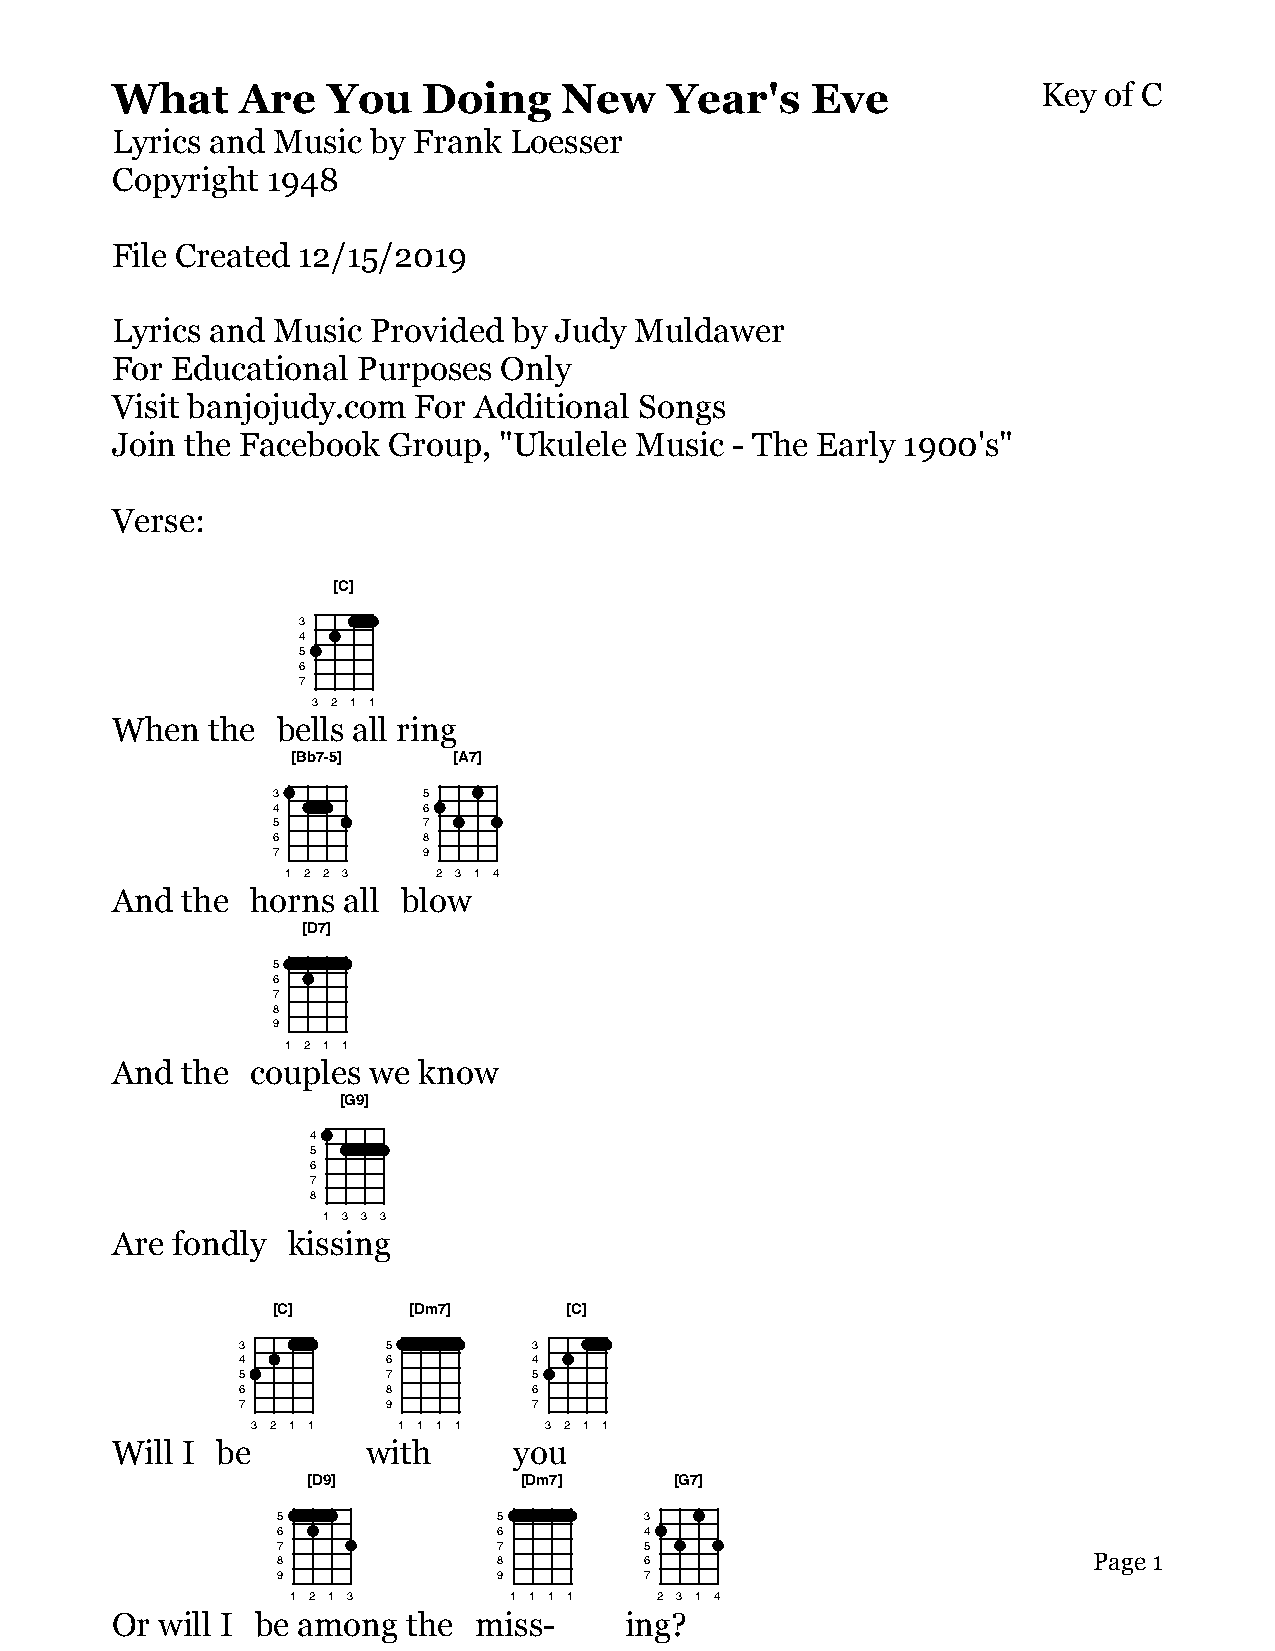
What     Are   You   Doing    New    Year's    Eve            Key of C
 Lyrics and Music  by Frank Loesser
 Copyright  1948
 File Created 12/15/2019
 Lyrics and Music  Provided by Judy Muldawer
 For Educational  Purposes Only
 Visit banjojudy.com For Additional Songs
 Join the Facebook  Group, "Ukulele Music  - The Early 1900's"
 Verse:
 [C]
 3
 4
 5
 6
 7
 3 2 1 1
 When   the bells all ring
 [Bb7-5]    [A7]
 3         5
 4         6
 5         7
 6         8
 7         9
 1 2 2 3   2 3 1 4
 And  the  horns all blow
 [D7]
 5
 6
 7
 8
 9
 1 2 1 1
 And  the  couples we know
 [G9]
 4
 5
 6
 7
 8
 1 3 3 3
 Are fondly  kissing
 [C]      [Dm7]      [C]
 3         5        3
 4         6        4
 5         7        5
 6         8        6
 7         9        7
 3 2 1 1  1 1 1 1   3 2 1 1
 Will I be        with      you
 [D9]          [Dm7]      [G7]
 5              5         3
 6              6         4
 7              7         5
 8              8         6                            Page 1
 9              9         7
 1 2 1 3        1 1 1 1  2 3 1 4
 Or  will I be among the miss-     ing?